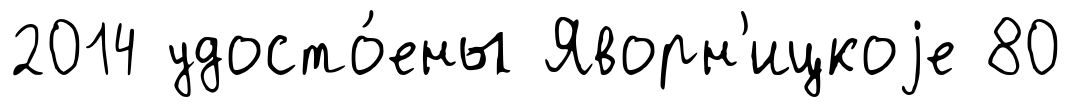
2014 удосто́ены Яворн'ицкоjе 80